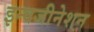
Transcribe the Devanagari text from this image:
इन्वजीनेशन